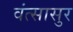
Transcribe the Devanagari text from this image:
वंत्सासुर